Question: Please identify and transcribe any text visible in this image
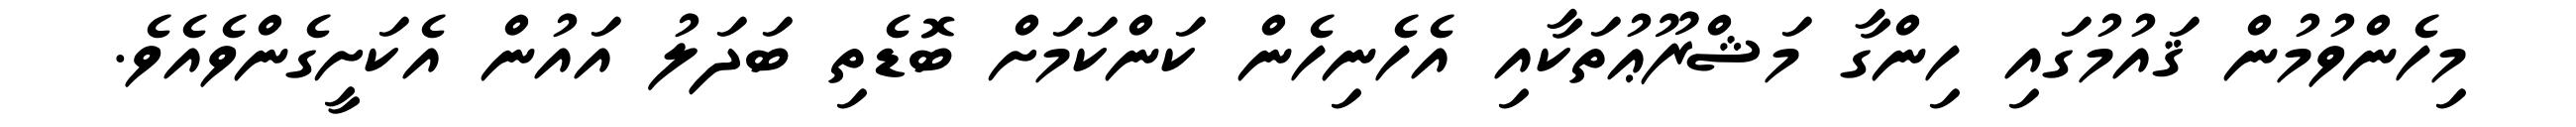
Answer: މިހެންވުމުން ޤައުމުގައި ހިންގާ މަޝްރޫޢުތަކާއި އެހެނިހެން ކަންކަމަށް ބޮޑެތި ބަދަލު އައުން އެކަށީގެންވެއެވެ.